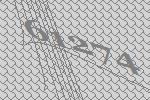
61274